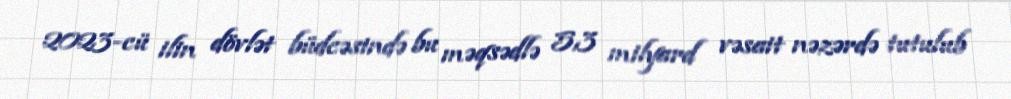
2023-cü ilin dövlət büdcəsində bu məqsədlə 5,3 milyard vəsait nəzərdə tutulub